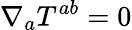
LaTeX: \nabla_{a}T^{ab}=0